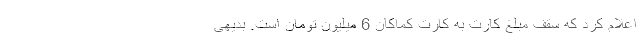
اعلام کرد که سقف مبلغ کارت به کارت کماکان 6 میلیون تومان است. بدیهی